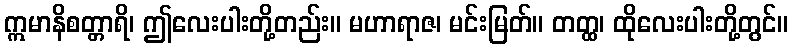
ဣမာနိစတ္တာရိ၊ ဤလေးပါးတို့တည်း။ မဟာရာဇ၊ မင်းမြတ်။ တတ္ထ၊ ထိုလေးပါးတို့တွင်။